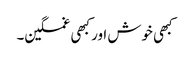
کبھی خوش اور کبھی غمگین۔